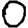
Digit: 0